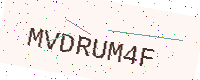
Text: MVDRUM4F